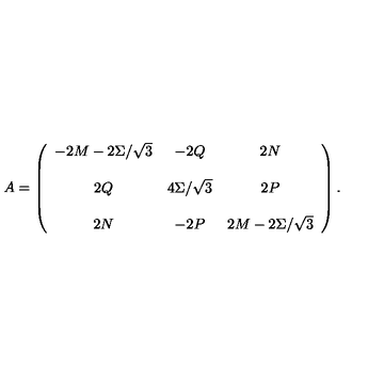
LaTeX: A = \left( \begin{array} { c c c } { - 2 M - 2 \Sigma / \sqrt { 3 } } & { - 2 Q } & { 2 N } \\ { } & { } & { } \\ { 2 Q } & { 4 \Sigma / \sqrt { 3 } } & { 2 P } \\ { } & { } & { } \\ { 2 N } & { - 2 P } & { 2 M - 2 \Sigma / \sqrt { 3 } } \\ \end{array} \right) .